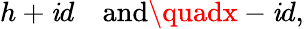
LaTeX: h+\mathit{i}d\quad{\mathrm{{and}}}\quadx-\mathit{i}d,